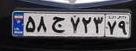
۵۸ج۷۲۳۷۹